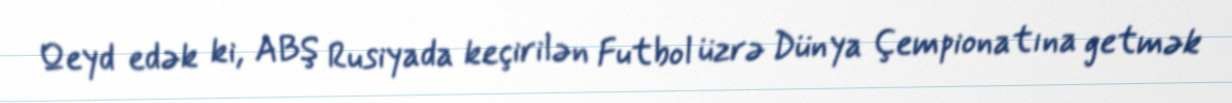
Qeyd edək ki, ABŞ Rusiyada keçirilən Futbol üzrə Dünya Çempionatına getmək